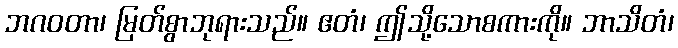
ဘဂဝတာ၊ မြတ်စွာဘုရားသည်။ ဧတံ၊ ဤသို့သောစကားကို။ ဘာသိတံ၊